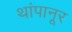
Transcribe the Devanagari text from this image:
थांपानूर